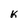
Character: K